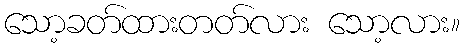
သော့ခတ်ထားတတ်လား သော့လား။